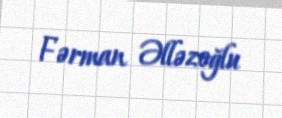
Fərman Əlləzoğlu